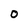
Character: O